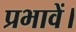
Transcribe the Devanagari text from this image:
प्रभावें।